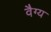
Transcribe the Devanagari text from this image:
वैग्य